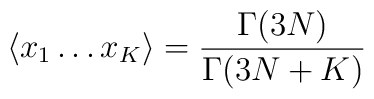
\langle x_1\dots x_K \rangle = \frac{\Gamma(3N)}{\Gamma(3N+K)}